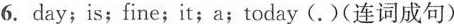
6. day；is；fine；it;a；today (.)(连词成句)